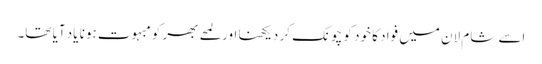
اسے شام لان میں فواد کا خود کو چونک کر دیکھنا اور لمحے بھر کو مبہوت ہونا یاد آیا تھا۔